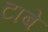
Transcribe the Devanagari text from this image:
टाबे